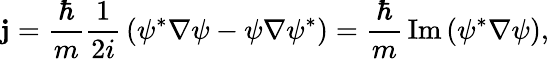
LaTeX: \mathbf{j}={\frac{\hbar}{m}}{\frac{1}{2i}}\left(\psi^{*}\nabla\psi-\psi\nabla\psi^{*}\right)={\frac{\hbar}{m}}\operatorname{Im}\left(\psi^{*}\nabla\psi\right),